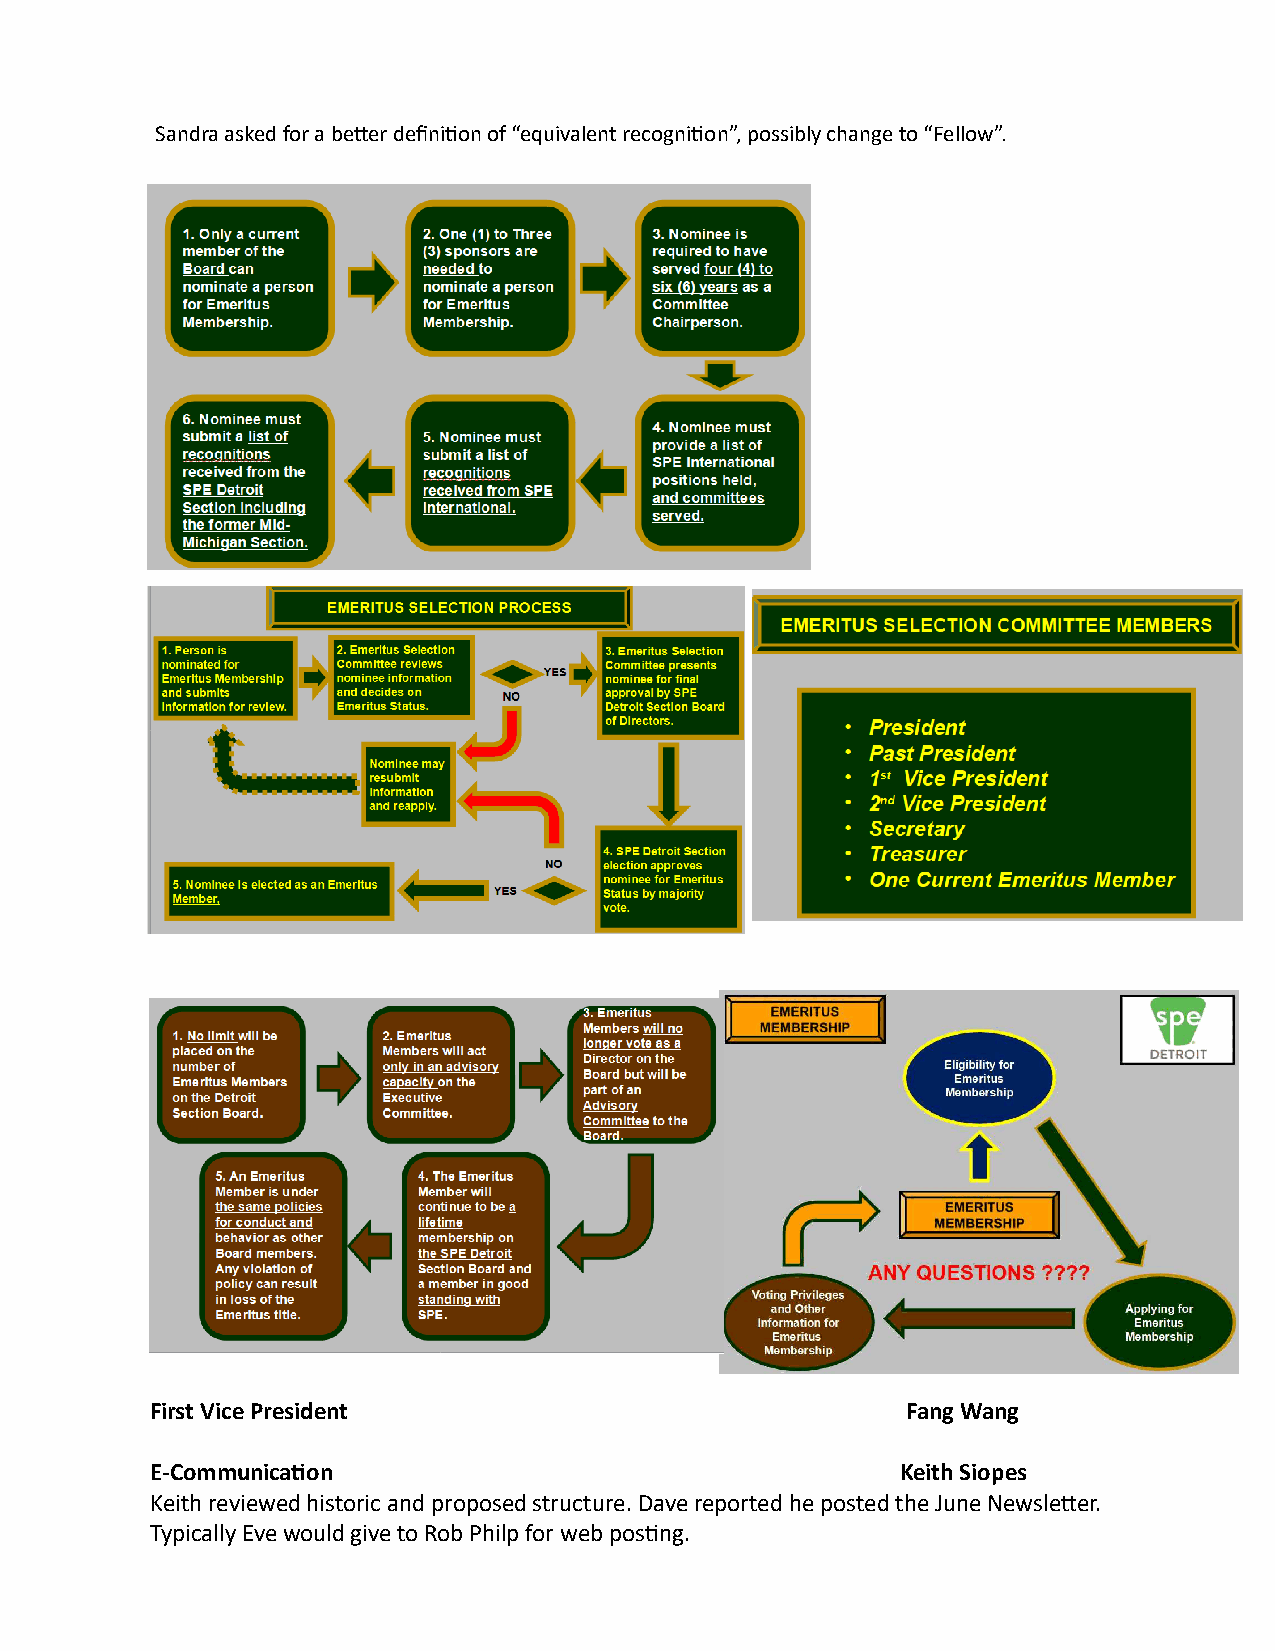
Sandra asked for a better definition of “equivalent recognition”, possibly change to “Fellow”.
 Applying for Emeritus Membership
 Voting Privileges and Other Information for Emeritus Membership
 First Vice President                              Fang Wang
 E-Communication                                   Keith Siopes
 Keith reviewed historic and proposed structure. Dave reported he posted the June Newsletter.
 Typically Eve would give to Rob Philp for web posting.